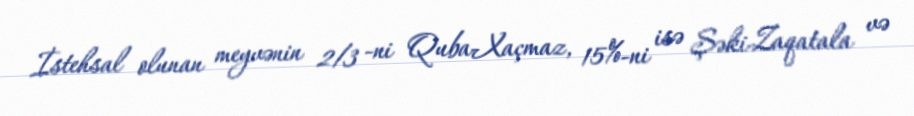
İstehsal olunan meyvənin 2/3 -ni Quba-Xaçmaz, 15%-ni isə Şəki-Zaqatala və